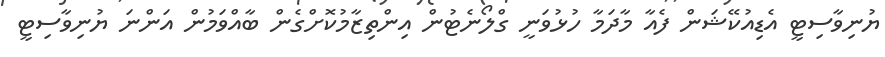
ޔުނިވާސިޓީ އެޑިއުކޭޝަން ފެއާ މާދަމާ ހުޅުވަނީ ގްލޯނެޓުން އިންތިޒާމުކޮށްގެން ބާއްވަމުން އަންނަ ޔުނިވާސިޓީ